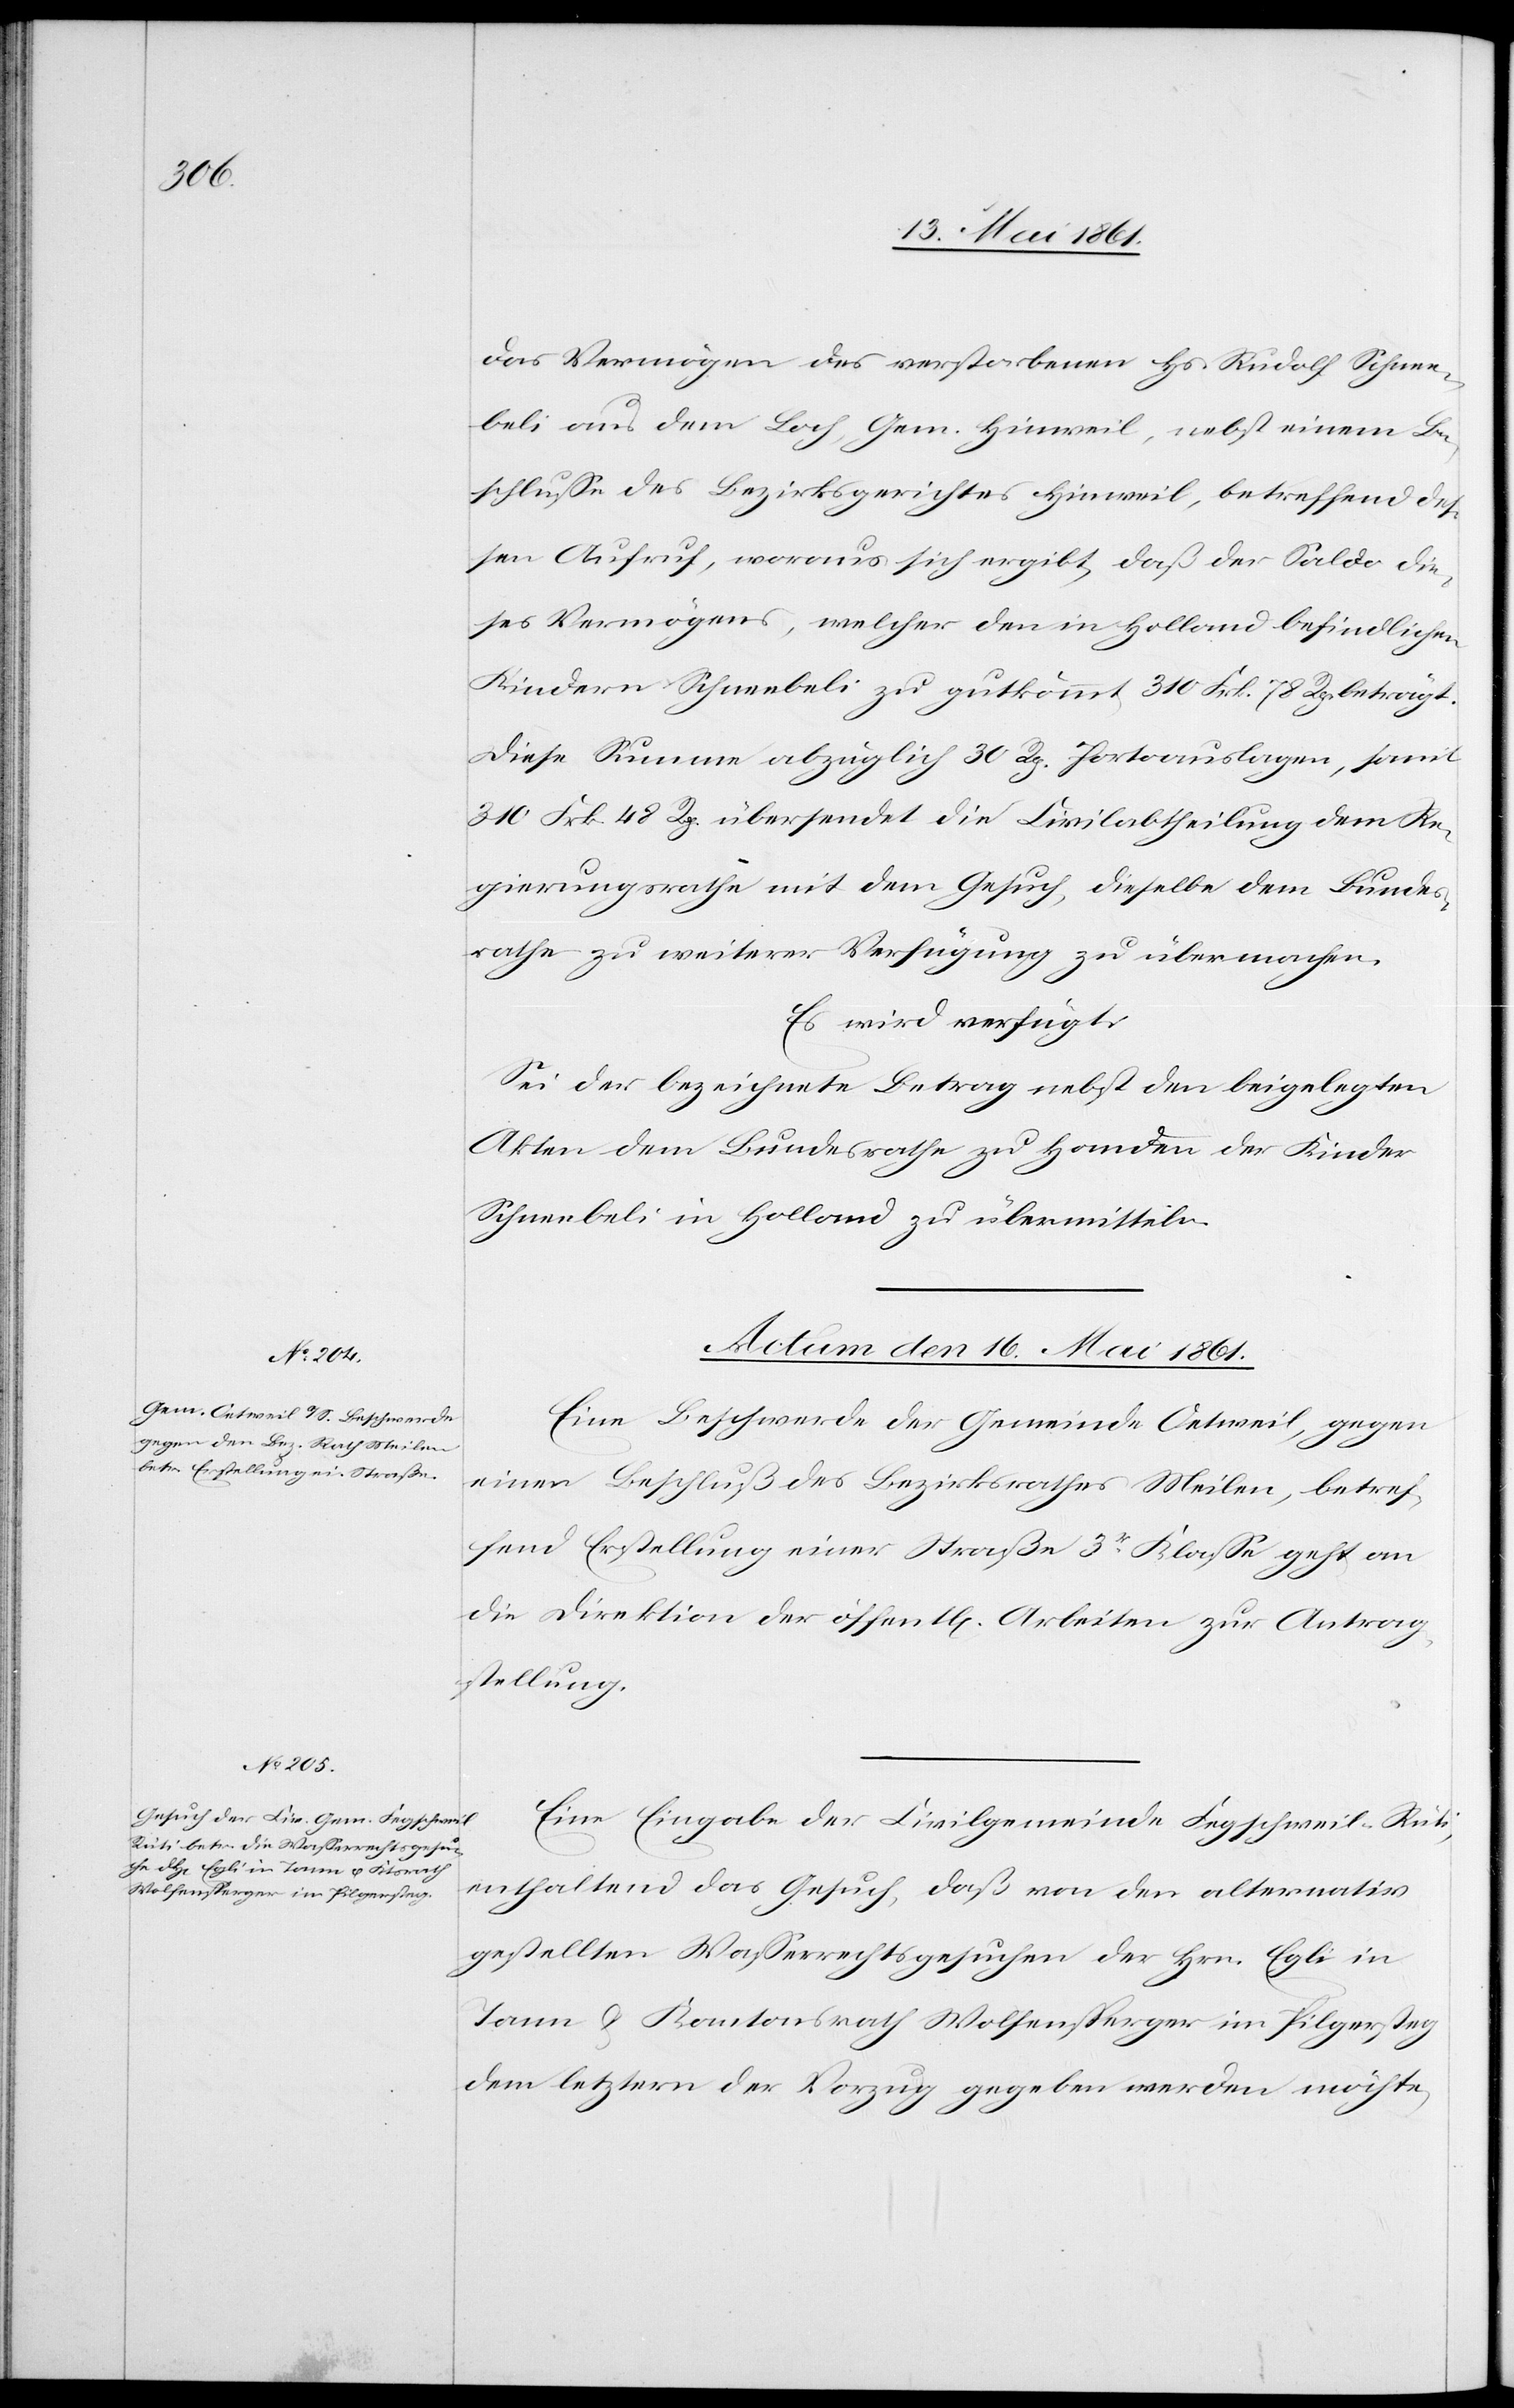
das Vermögen des verstorbenen Hs. Rudolf Schnee¬
beli aus dem Loch, Gem. Hinweil, nebst einem Be¬
schlusse des Bezirksgerichtes Hinweil, betreffend des¬
sen Aufruf, woraus sich ergibt, daß der Saldo die¬
ses Vermögens, welcher den in Holland befindlichen
Kindern Schneebeli zu gutkommt 310 Frk. 78 Rp. beträgt.
Diese Summe abzüglich 30 Rp. Portoauslagen, samt
310 Frk. 48 Rp. übersendet die Civilabtheilung dem Re¬
gierungsrathe mit dem Gesuch, dieselbe dem Bundes¬
rathe zu weiterer Verfügung zu übermachen.
Es wird verfügt:
Sei der bezeichnete Betrag nebst den beigelegten
Akten dem Bundesrathe zu Handen der Kinder
Schneebeli in Holland zu übermitteln.
Actum den 16. Mai 1861.]
Eine Beschwerde der Gemeinde Oetweil, gegen
einen Beschluß des Bezirksrathes Meilen, betref¬
fend Erstellung einer Straße 3r Klasse geht an
die Direktion der öffent[lichen] Arbeiten zur Antrag¬
stellung.
Eine Eingabe der Civilgemeinde Fegschweil-Rüti,
enthaltend das Gesuch, daß von den alternativ
gestellten Wasserrechtsgesuchen der Hrn. Egli in
Tann u. Kantonsrath Wolfensperger im Pilgersteg
dem letztern der Vorzug gegeben werden möchte,